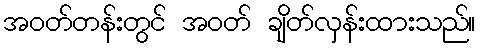
အဝတ်တန်းတွင် အဝတ် ချိတ်လှန်းထားသည်။